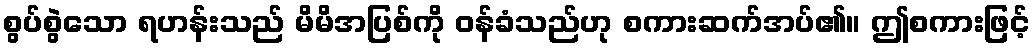
စွပ်စွဲသော ရဟန်းသည် မိမိအပြစ်ကို ဝန်ခံသည်ဟု စကားဆက်အပ်၏။ ဤစကားဖြင့်